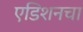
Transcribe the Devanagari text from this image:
एडिशनचा